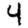
Digit: 4